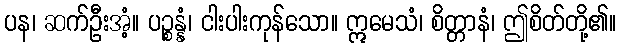
ပန၊ ဆက်ဦးအံ့။ ပဉ္စန္နံ၊ ငါးပါးကုန်သော။ ဣမေသံ၊ စိတ္တာနံ၊ ဤစိတ်တို့၏။